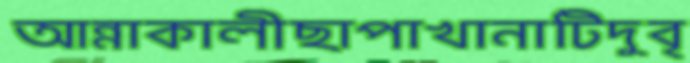
আন্নাকালীছাপাখানাটিদুবৃ